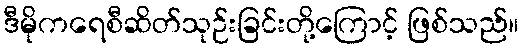
ဒီမိုကရေစီဆိတ်သုဉ်းခြင်းတို့ကြောင့် ဖြစ်သည်။